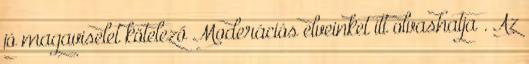
jó magaviselet kötelező Moderációs elveinket itt olvashatja . Az